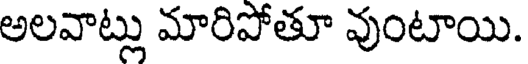
అలవాట్లు మారిపోతూ వుంటాయి.